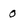
Character: 0